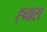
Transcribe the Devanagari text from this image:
ह्नास